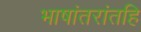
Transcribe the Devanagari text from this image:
भाषांतरांतहि